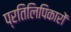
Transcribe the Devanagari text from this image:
प्रतिलिपिकारों